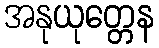
အနုယုတ္တေန